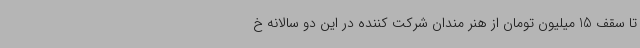
تا سقف 15 میلیون تومان از هنر مندان شرکت کننده در این دو سالانه خ